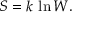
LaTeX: S = k \, \ln W .